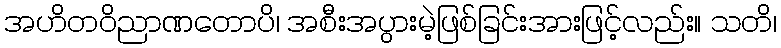
အဟိတဝိညာဏတောပိ၊ အစီးအပွားမဲ့ဖြစ်ခြင်းအားဖြင့်လည်း။ သတိ၊